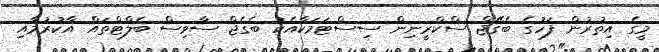
މީގެ އިތުރުން ފަހުގެ ބެގޭޖް ސްކްރީނިން ސިސްޓަމަކާއެކު ބެގެޖް ސާވިސް ބެލްޓްތައް އާކުރުމާއި